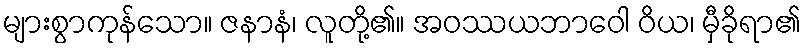
များစွာကုန်သော။ ဇနာနံ၊ လူတို့၏။ အဝဿယဘာဝေါ ဝိယ၊ မှီခိုရာ၏